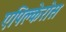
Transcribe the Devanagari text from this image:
एपिक्लेरोस